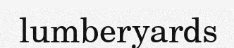
lumberyards